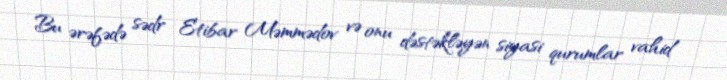
Bu ərəfədə sədr Etibar Məmmədov və onu dəstəkləyən siyasi qurumlar vahid